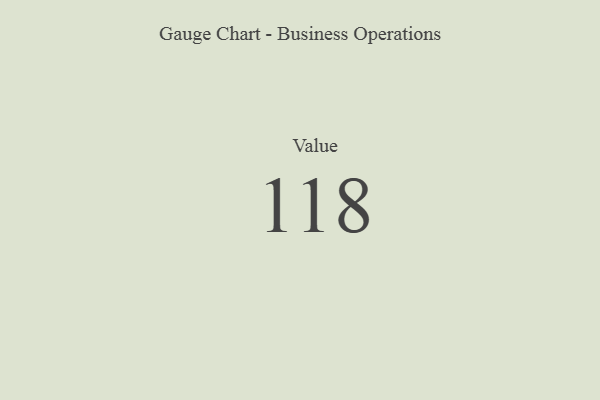
{"axis": {"x": "Metric", "y": "Value"}, "legend": [""], "data": [{"x": "Value", "y": 118, "type": ""}]}